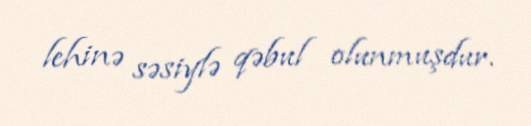
lehinə səsiylə qəbul olunmuşdur.